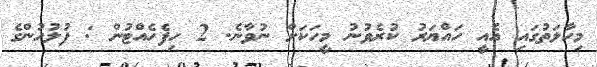
މިހާލަތުގައި އެއީ ހައްޔަރު ކުރެވުނު މީހަކަށް ނުވާނެ. 2 ހިފެހެއްޓުން : ފުލުހުންގެ